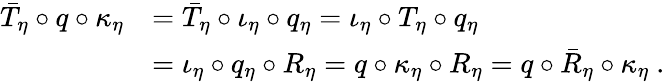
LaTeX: \begin{array}{rl}{\bar{T}_{\eta}\circ q\circ\kappa_{\eta}}&{=\bar{T}_{\eta}\circ\iota_{\eta}\circ q_{\eta}=\iota_{\eta}\circ T_{\eta}\circ q_{\eta}}\\ &{=\iota_{\eta}\circ q_{\eta}\circ R_{\eta}=q\circ\kappa_{\eta}\circ R_{\eta}=q\circ\bar{R}_{\eta}\circ\kappa_{\eta}\ .}\end{array}